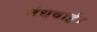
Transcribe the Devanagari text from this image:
बंधवाई।